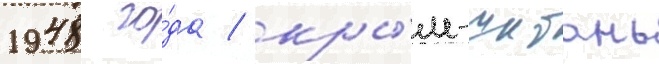
1948 го́да / кры́м-шибань